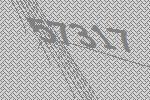
57317